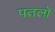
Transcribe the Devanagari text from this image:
पतलो